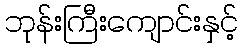
ဘုန်းကြီးကျောင်းနှင့်